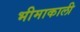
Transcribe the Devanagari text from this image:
भीमाकाली